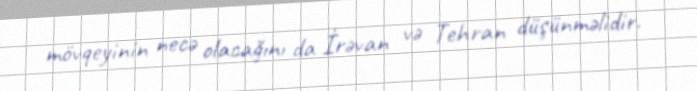
mövqeyinin necə olacağını da İrəvan və Tehran düşünməlidir.